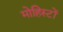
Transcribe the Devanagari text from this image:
मोहिस्टों